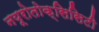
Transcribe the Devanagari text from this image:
नयूरोतोक्सिसिटी